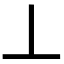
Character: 丄